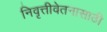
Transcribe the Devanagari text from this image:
निवृत्तीवेतनासाठी